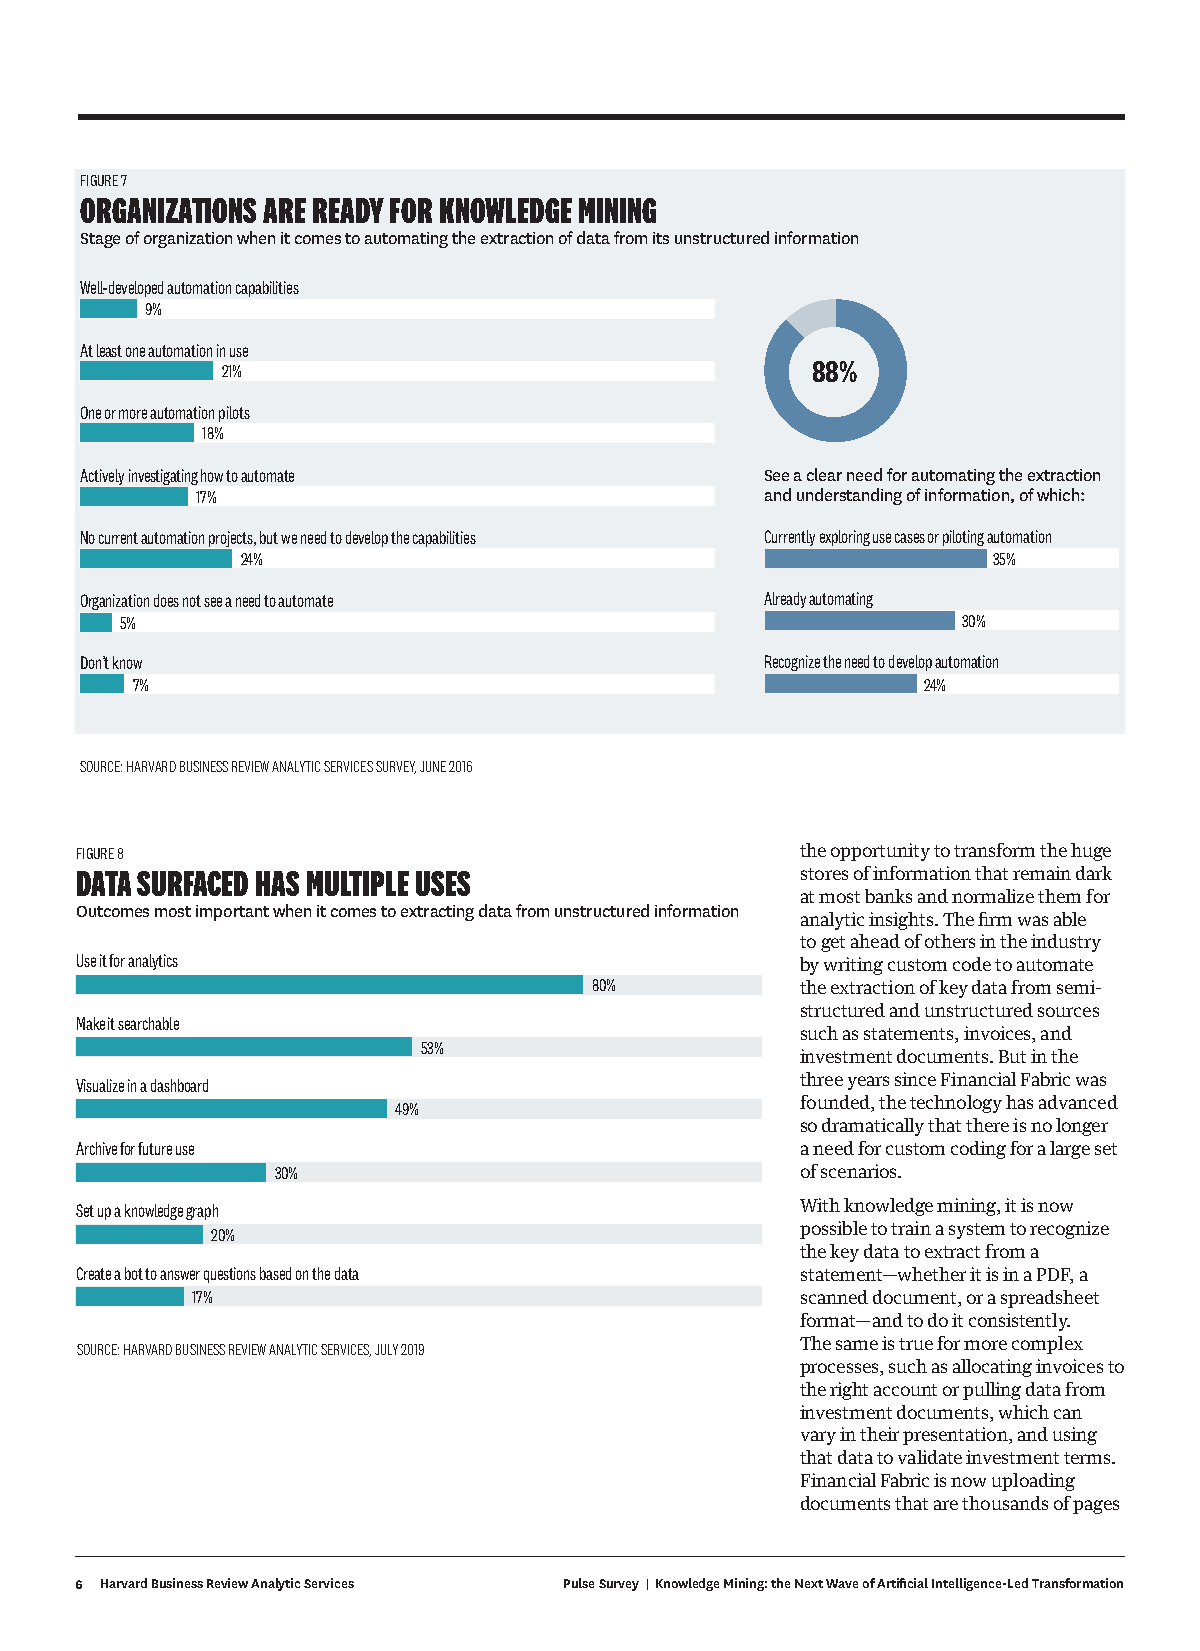
FIGURE 7
 ORGANIZATIONS ARE READY FOR KNOWLEDGE MINING
 Stage of organization when it comes to automating the extraction of data from its unstructured information
 Well-developed automation capabilities
 9%
 At least one automation in use
 88%
 21%
 One or more automation pilots
 18%
 Actively investigating how to automate        See a clear need for automating the extraction
 17%                                   and understanding of information, of which:
 No current automation projects, but we need to develop the capabilities Currently exploring use cases or piloting automation
 24%                                               35%
 Organization does not see a need to automate  Already automating
 5%                                                      30%
 Don’t know                                    Recognize the need to develop automation
 7%                                                  24%
 SOURCE: HARVARD BUSINESS REVIEW ANALYTIC SERVICES SURVEY, JUNE 2016
 FIGURE 8                                        the opportunity to transform the huge
 DATA SURFACED HAS MULTIPLE USES                 stores of information that remain dark
 at most banks and normalize them for
 Outcomes most important when it comes to extracting data from unstructured information
 analytic insights. The firm was able
 to get ahead of others in the industry
 Use it for analytics
 by writing custom code to automate
 80%           the extraction of key data from semi-
 structured and unstructured sources
 Make it searchable
 such as statements, invoices, and
 53%
 investment documents. But in the
 Visualize in a dashboard                        three years since Financial Fabric was
 49%                        founded, the technology has advanced
 so dramatically that there is no longer
 Archive for future use                          a need for custom coding for a large set
 30%                                of scenarios.
 Set up a knowledge graph                        With knowledge mining, it is now
 20%                                    possible to train a system to recognize
 the key data to extract from a
 Create a bot to answer questions based on the data statement—whether it is in a PDF, a
 17%                                     scanned document, or a spreadsheet
 format—and to do it consistently.
 SOURCE: HARVARD BUSINESS REVIEW ANALYTIC SERVICES, JULY 2019 The same is true for more complex
 processes, such as allocating invoices to
 the right account or pulling data from
 investment documents, which can
 vary in their presentation, and using
 that data to validate investment terms.
 Financial Fabric is now uploading
 documents that are thousands of pages
 6 Harvard Business Review Analytic Services Pulse Survey | Knowledge Mining: the Next Wave of Artificial Intelligence-Led Transformation